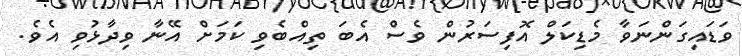
ވަޑައިގަންނަވާ މެޑިކަލް އޮފިސަރުން ވެސް އެބަ ތިއްބެވި ކަމަށް އޭނާ ވިދާޅުވި އެވެ.